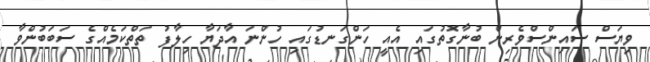
ވިޔަސް ސައިންސްވެރިން ބުނާގޮތުގައި އެއީ ހަންގަނޑުގައި ހުންނަ އާދަޔާ ހިލާފު ތަތްކަމެއްގެ ސަބަބުންވާ